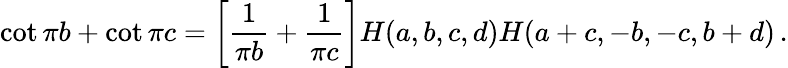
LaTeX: \cot\pi b+\cot\pi c=\left[\frac{1}{\pi b}+\frac{1}{\pi c}\right]H(a,b,c,d)H(a+c,-b,-c,b+d)\, .